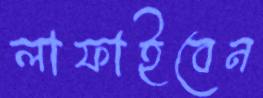
লাফাইবেন